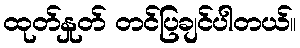
ထုတ်နှုတ် တင်ပြချင်ပါတယ်။